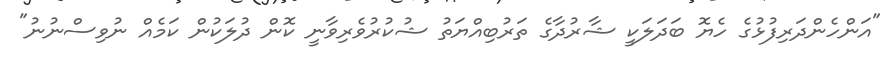
"އަންހެންދަރިފުޅުގެ ހެޔޮ ބަދަލަކީ ޝާރުދާގެ ތަރުބިއްޔަތު ޝުކުރުވެރިވާނީ ކޮން ދުލަކުން ކަމެއް ނުވިސްނުނު"